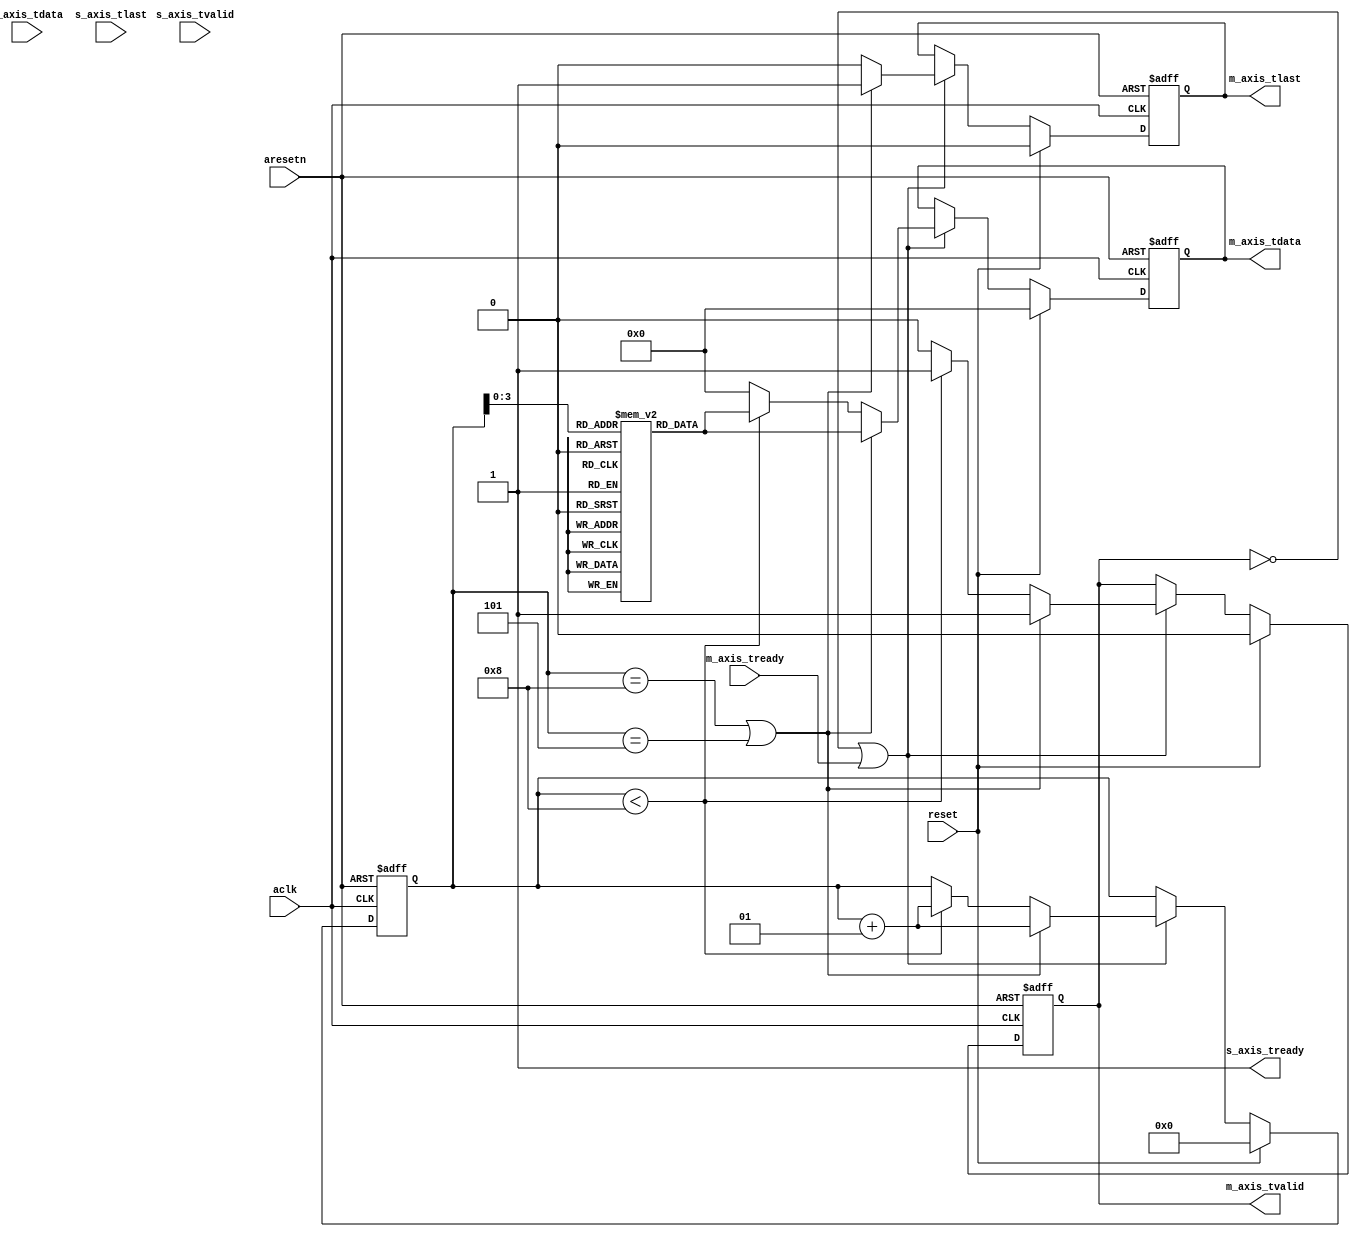
module I2C_M_CTRL
(
    // slave interface
    output wire         s_axis_tready,
    input  wire [07:00] s_axis_tdata,
    input  wire         s_axis_tvalid,
    input  wire         s_axis_tlast,
    // master interface
    input  wire         m_axis_tready,
    output reg  [07:00] m_axis_tdata,
    output reg          m_axis_tvalid,
    output reg          m_axis_tlast,
    // 
    input  wire reset,
    input  wire aresetn,
    input  wire aclk
);

localparam lp_COM_NUM       = 9;
localparam lp_COM_REPEAT    = 0;

reg [07:00] axi_commands[lp_COM_NUM-1:00] ;

initial begin
    axi_commands[0] = 8'b11111010; // write speed
    axi_commands[1] = 8'b01100100; // 400
    axi_commands[2] = 8'b11111000; // write length
    axi_commands[3] = 8'b00000010; // 2
    axi_commands[4] = 8'b10101110; // write addr 0'hAE
    axi_commands[5] = 8'b11001101; // write 0'hCD
    axi_commands[6] = 8'b10101110; // write addr 0'hAE
    axi_commands[7] = 8'b11001101; // write 0'hCD
    axi_commands[8] = 8'b11101010;  // read addr 0'hAE
end

assign s_axis_tready = 1'b1;

integer cnt;

initial begin
    cnt = 0;
end

always @(posedge aclk, negedge aresetn) begin
    if(!aresetn)begin
        cnt             <= 0;
        m_axis_tdata    <= 'd0;
        m_axis_tvalid   <= 1'b0;
        m_axis_tlast    <= 1'b0;
    end
    else if(reset)begin
        cnt             <= 0;
        m_axis_tdata    <= 'd0;
        m_axis_tvalid   <= 1'b0;
        m_axis_tlast    <= 1'b0;
    end
    else begin
        if((!m_axis_tvalid) | m_axis_tready)begin
            if((cnt == (lp_COM_NUM -1)) | (cnt == 'd5)) begin
                cnt             <= cnt +1;
                m_axis_tdata    <= axi_commands [cnt];
                m_axis_tvalid   <= 1'b1;
                m_axis_tlast    <= 1'b1;
            end
            else if(cnt < (lp_COM_NUM -1))begin
                cnt             <= cnt +1;
                m_axis_tdata    <= axi_commands [cnt];
                m_axis_tvalid   <= 1'b1;
                m_axis_tlast    <= 1'b0;
            end
            else begin
                if(lp_COM_REPEAT)begin
                    cnt             <= 0;
                end
                else begin
                    cnt             <= cnt;
                end
                m_axis_tdata    <= 'd0;
                m_axis_tvalid   <= 1'b0;
                m_axis_tlast    <= 1'b0;
            end
        end
        else begin
            cnt             <= cnt;
            m_axis_tdata    <= m_axis_tdata;
            m_axis_tvalid   <= m_axis_tvalid;
            m_axis_tlast    <= m_axis_tlast;
        end
    end
end
endmodule